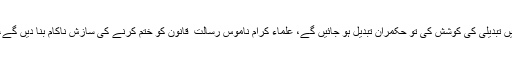
حکمرانوں نے تحفظ ناموس رسالتۖ میں تبدیلی کی کوشش کی تو حکمران تبدیل ہو جائیں گے، علماء کرام ناموس رسالت ۖ قانون کو ختم کرنے کی سازش ناکام بنا دیں گے، اس ملک کا مستقبل صرف اسلام ہے۔